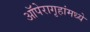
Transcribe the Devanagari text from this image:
ऑपेरागृहांमध्ये